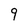
Character: 9